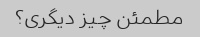
مطمئن چیز دیگری؟